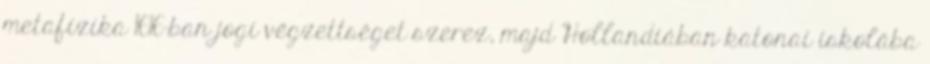
metafizika 1616-ban jogi végzettséget szerez, majd Hollandiában katonai iskolába